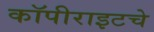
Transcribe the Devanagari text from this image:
कॉपीराइटचे